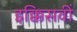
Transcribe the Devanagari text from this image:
इक्किसवीं